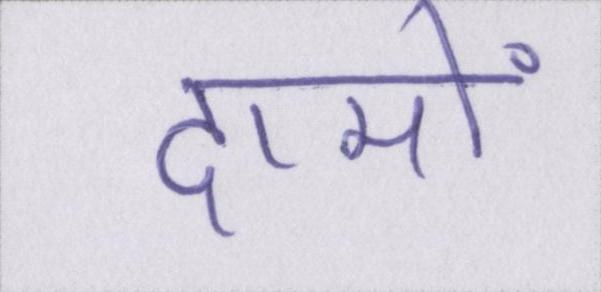
दामों